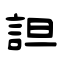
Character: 詚